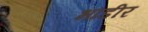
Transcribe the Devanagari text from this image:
भांडीर